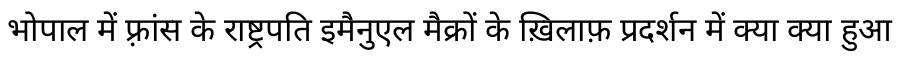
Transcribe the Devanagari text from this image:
भोपाल में फ़्रांस के राष्ट्रपति इमैनुएल मैक्रों के ख़िलाफ़ प्रदर्शन में क्या क्या हुआ